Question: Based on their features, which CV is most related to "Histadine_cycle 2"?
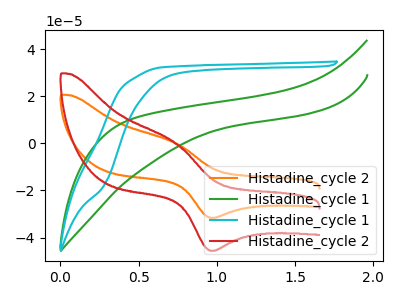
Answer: <think>The orange curve "Histadine_cycle 2" has an anodic peak at (0.75V, 0.35uA) and a cathodic peak at (1.00V, -31.65uA). The green curve "Histadine_cycle 1" has no peaks. The cyan curve "Histadine_cycle 1" has no peaks. The red curve "Histadine_cycle 2" has an anodic peak at (0.75V, 0.50uA) and a cathodic peak at (1.00V, -45.65uA).
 "Histadine_cycle 2" and "Histadine_cycle 1" have a different number of peaks. "Histadine_cycle 2" and "Histadine_cycle 1" have a different number of peaks. All the peaks in "Histadine_cycle 2" have a peak in "Histadine_cycle 2" at the same potential. Every peak in "Histadine_cycle 2" is lower than every peak in "Histadine_cycle 2". Neither "Histadine_cycle 1" or "Histadine_cycle 1" have any peaks. "Histadine_cycle 1" and "Histadine_cycle 2" have a different number of peaks. "Histadine_cycle 1" and "Histadine_cycle 2" have a different number of peaks.</think>
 <answer>The CV with the most similar shape to "Histadine_cycle 2" is "Histadine_cycle 2".</answer>
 <eval>"Histadine_cycle 2"</eval>